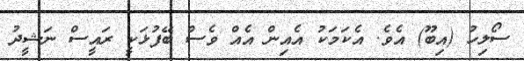
ސޯލިހު (އިބޫ) އެވެ. އެކަމަކު އެއިން އެއް ވެސް ބޭފުޅަކީ ރައީސް ނަޝީދު